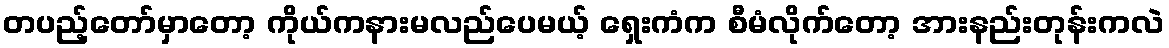
တပည့်တော်မှာတော့ ကိုယ်ကနားမလည်ပေမယ့် ရှေးကံက စီမံလိုက်တော့ အားနည်းတုန်းကလဲ